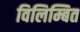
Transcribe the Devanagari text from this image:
विलिम्बित